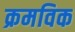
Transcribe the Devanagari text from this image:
क्रमविक